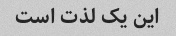
این یک لذت است